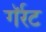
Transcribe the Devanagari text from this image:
गॅर्रट